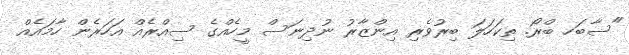
"ސާބަހ ބްރޯ. ތިކަހަލަ ބިރުވެރި އިންޒާރު ނުދިނަސް މީހެއްގެ ސިއްރެއް އަހަރެން ހާމައެއް